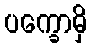
ပက္ခောမှိ